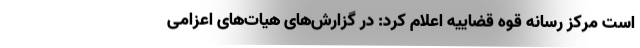
است مرکز رسانه قوه قضاییه اعلام کرد: در گزارش‌های هیات‌های اعزامی